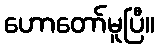
ဟောတော်မူပြီ။